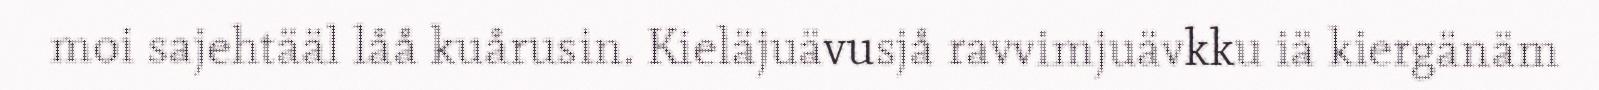
moi sajehtääl låå kuårusin. Kieläjuävusjå ravvimjuävkku iä kiergänäm